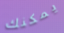
يمكنك